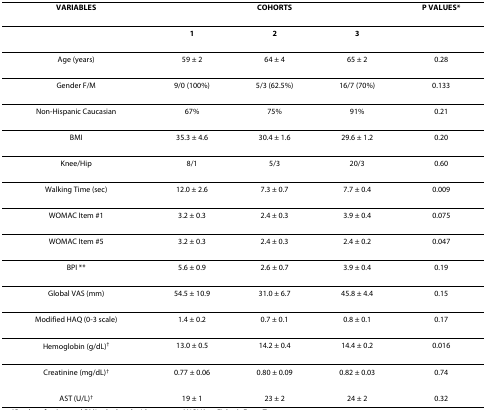
<table><thead><tr><td><b>VARIABLES</b></td><td colspan="3"><b>COHORTS</b></td><td><b>P VALUES*</b></td></tr></thead><tbody><tr><td></td><td><b>1</b></td><td><b>2</b></td><td><b>3</b></td><td></td></tr><tr><td>Age (years)</td><td>59 ± 2</td><td>64 ± 4</td><td>65 ± 2</td><td>0.28</td></tr><tr><td>Gender F/M</td><td>9/0 (100%)</td><td>5/3 (62.5%)</td><td>16/7 (70%)</td><td>0.133</td></tr><tr><td>Non-Hispanic Caucasian</td><td>67%</td><td>75%</td><td>91%</td><td>0.21</td></tr><tr><td>BMI</td><td>35.3 ± 4.6</td><td>30.4 ± 1.6</td><td>29.6 ± 1.2</td><td>0.20</td></tr><tr><td>Knee/Hip</td><td>8/1</td><td>5/3</td><td>20/3</td><td>0.60</td></tr><tr><td>Walking Time (sec)</td><td>12.0 ± 2.6</td><td>7.3 ± 0.7</td><td>7.7 ± 0.4</td><td>0.009</td></tr><tr><td>WOMAC Item #1</td><td>3.2 ± 0.3</td><td>2.4 ± 0.3</td><td>3.9 ± 0.4</td><td>0.075</td></tr><tr><td>WOMAC Item #5</td><td>3.2 ± 0.3</td><td>2.4 ± 0.3</td><td>2.4 ± 0.2</td><td>0.047</td></tr><tr><td>BPI **</td><td>5.6 ± 0.9</td><td>2.6 ± 0.7</td><td>3.9 ± 0.4</td><td>0.19</td></tr><tr><td>Global VAS (mm)</td><td>54.5 ± 10.9</td><td>31.0 ± 6.7</td><td>45.8 ± 4.4</td><td>0.15</td></tr><tr><td>Modified HAQ (0-3 scale)</td><td>1.4 ± 0.2</td><td>0.7 ± 0.1</td><td>0.8 ± 0.1</td><td>0.17</td></tr><tr><td>Hemoglobin (g/dL)<sup>†</sup></td><td>13.0 ± 0.5</td><td>14.2 ± 0.4</td><td>14.4 ± 0.2</td><td>0.016</td></tr><tr><td>Creatinine (mg/dL)<sup>†</sup></td><td>0.77 ± 0.06</td><td>0.80 ± 0.09</td><td>0.82 ± 0.03</td><td>0.74</td></tr><tr><td>AST (U/L)<sup>†</sup></td><td>19 ± 1</td><td>23 ± 2</td><td>24 ± 2</td><td>0.32</td></tr></tbody></table>